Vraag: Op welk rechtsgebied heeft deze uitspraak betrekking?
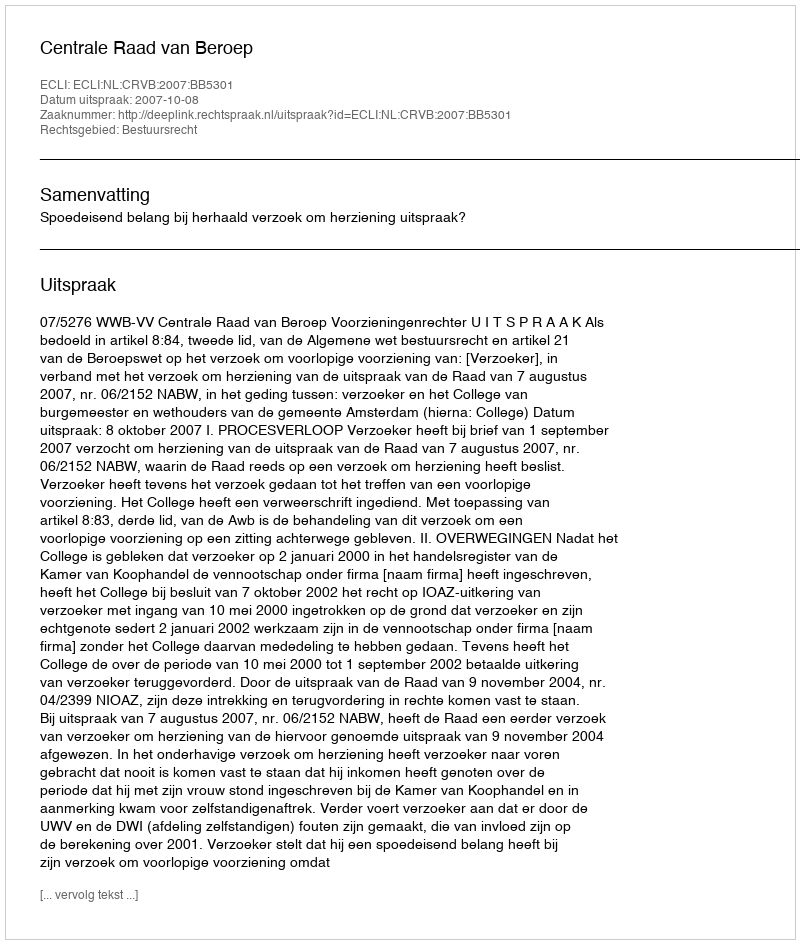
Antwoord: Bestuursrecht